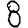
Digit: 8